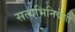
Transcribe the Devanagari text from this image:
सत्यभिनिवेशी